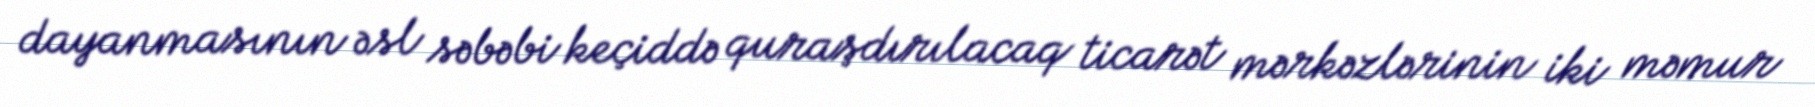
dayanmasının əsl səbəbi keçiddə quraşdırılacaq ticarət mərkəzlərinin iki məmur